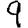
Digit: 9